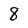
Character: 8